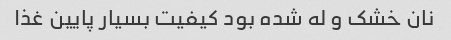
نان خشک و له شده بود کیفیت بسیار پایین غذا